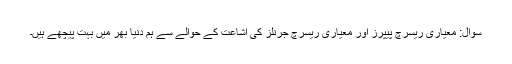
سوال: معیاری ریسرچ پیپرز اور معیاری ریسرچ جرنلز کی اشاعت کے حوالے سے ہم دنیا بھر میں بہت پیچھے ہیں۔